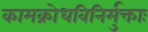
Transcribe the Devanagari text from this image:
कामक्रोधविनिर्मुक्ताः